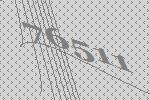
76511